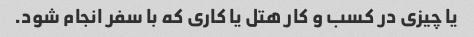
یا چیزی در کسب و کار هتل یا کاری که با سفر انجام شود.